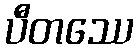
ပီတဿေ